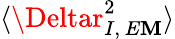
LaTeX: \langle\Deltar_{I,\, E\mathbf{M}}^{2}\rangle